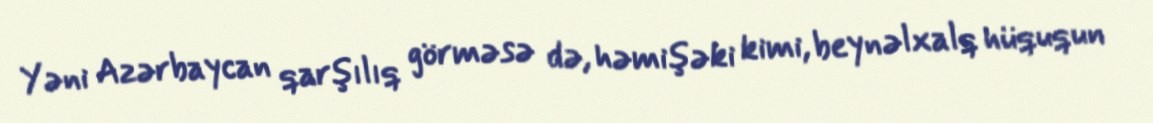
Yəni Azərbaycan qarşılıq görməsə də, həmişəki kimi, beynəlxalq hüququn